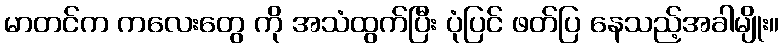
မာတင်က ကလေးတွေ ကို အသံထွက်ပြီး ပုံပြင် ဖတ်ပြ နေသည့်အခါမျိုး။